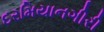
દરમિયાનગીરી